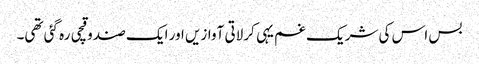
بس اس کی شریک غم یہی کرلاتی آوازیں اور ایک صندوقچی رہ گئی تھی۔